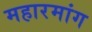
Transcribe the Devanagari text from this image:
महारमांग